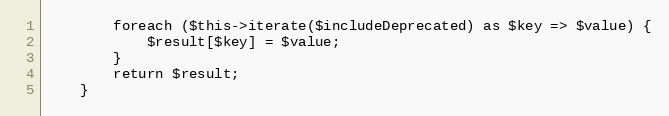
Language: PHP
        foreach ($this->iterate($includeDeprecated) as $key => $value) {
            $result[$key] = $value;
        }
        return $result;
    }